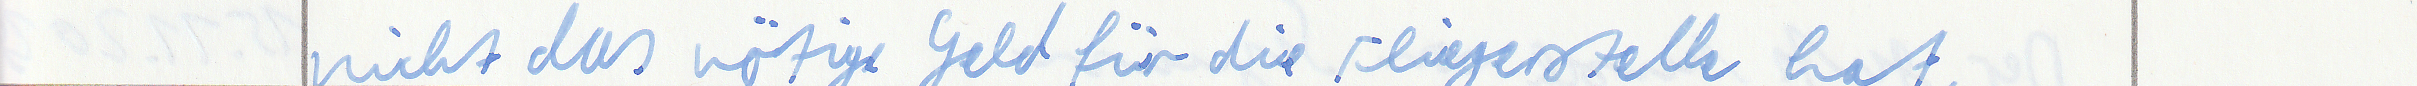
nicht das nötige Geld für die Fliegerstelle hat